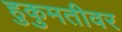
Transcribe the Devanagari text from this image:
हुकुमतीवर